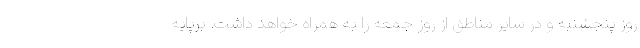
روز پنجشنبه و در سایر مناطق از روز جمعه را به همراه خواهد داشت. برپایه